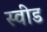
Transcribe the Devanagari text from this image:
स्वीड